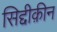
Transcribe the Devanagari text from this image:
सिद्दीक़ीन